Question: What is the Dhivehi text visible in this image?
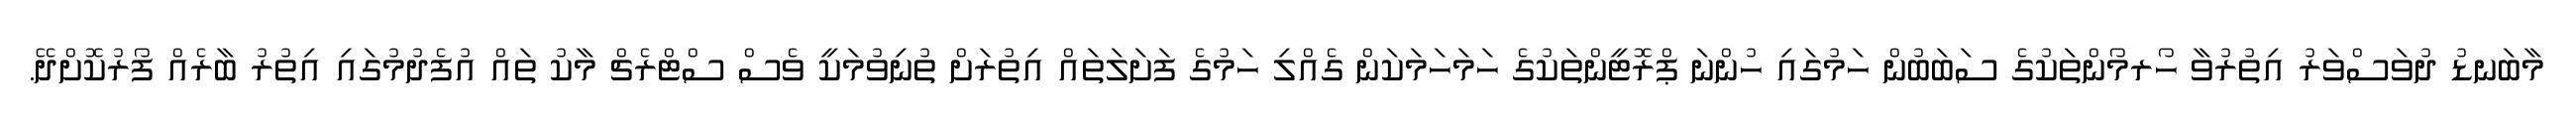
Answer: މާބަނޑު ދުވަސްވަރު އިތުރުވާ ހޯރމޯންތަކުގެ ސަބަބުން ހަމުގައި ހުންނަ ޕްރޮޓީންތަކުގެ ހަމަހަމަކަން ގެއްލި ހަމުގެ ފަށަލަތައް އިތުރަށް ތުނިވުމަކީ ވެސް ސްޓްރެޗް މާކު ތައް އުފެދުމުގައި އިތުރު ބާރެއް ފޯރުކޮށްދޭ.